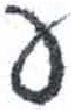
אות: ע